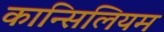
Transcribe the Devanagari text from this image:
कान्सिलियम